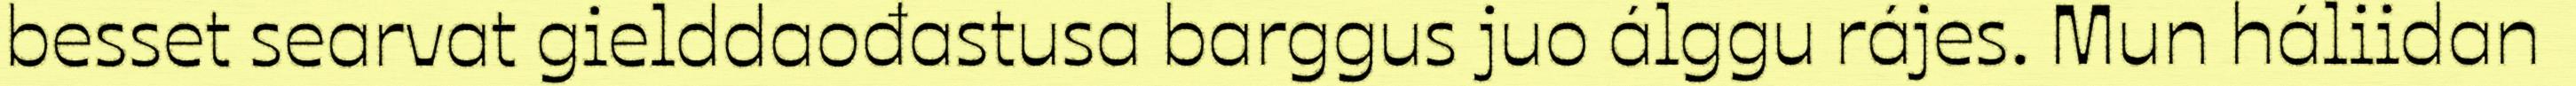
besset searvat gielddaođastusa barggus juo álggu rájes. Mun háliidan